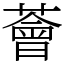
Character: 薈